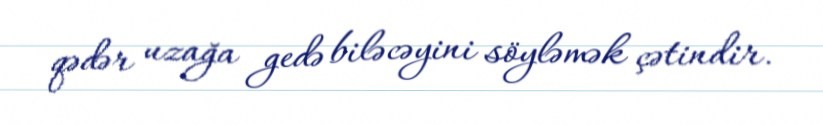
qədər uzağa gedə biləcəyini söyləmək çətindir.